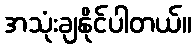
အသုံးချနိုင်ပါတယ်။